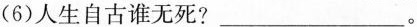
(6)人生自古谁无死?___。